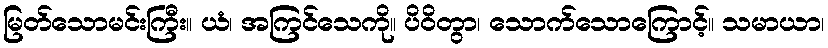
မြတ်သောမင်းကြီး။ ယံ၊ အကြင်သေကို။ ပိဝိတွာ၊ သောက်သောကြောင့်။ သမာယာ၊